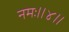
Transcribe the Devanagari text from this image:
नमः॥४॥